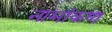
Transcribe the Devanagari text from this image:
नामांकण